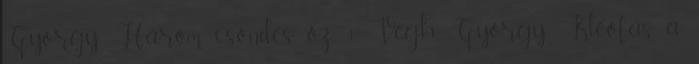
György: Három csöndes őz 1 Végh György: Kleofás, a